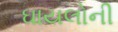
ઘાયલોની